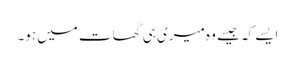
ایسے کہ جیسے وہ میری ہی گھات میں ہو۔